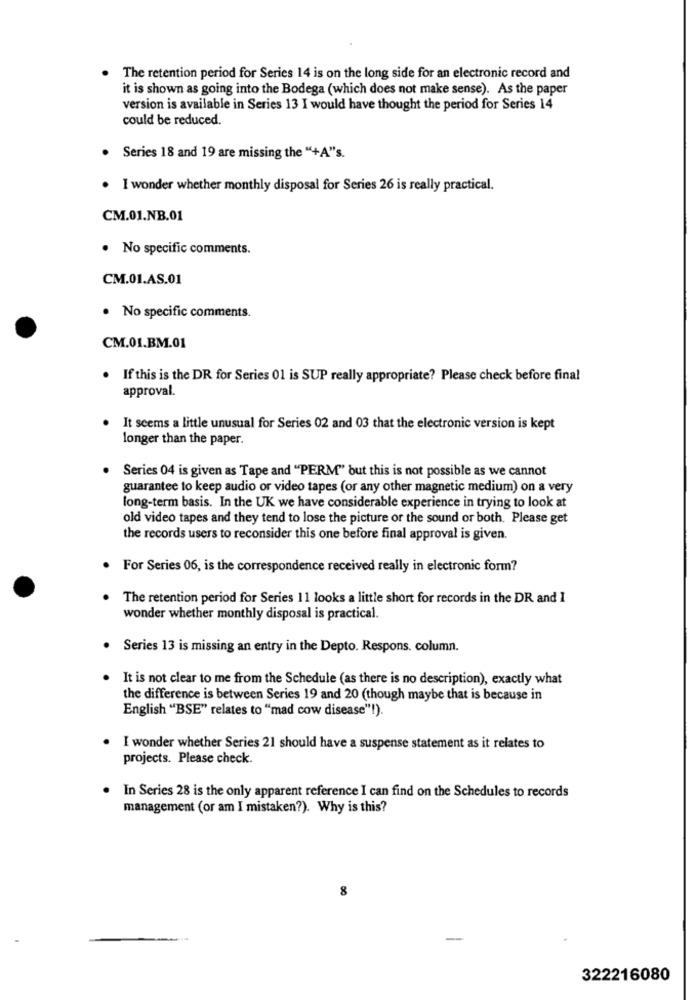
The retention period for Series 14 is on the long side for an electronic record and
it is shown as going into the Bodega (which does not make sense). As the paper
version is available in Series 13 I would have thought the period for Series 14
could be reduced.
Series 18 and 19 are missing the "+A"s.
I wonder whether monthly disposal for Series 26 is really practical.
CM.01.NB.01
. No specific comments.
CM.01.AS.01
. No specific comments.
CM.01.BM.01
If this is the DR for Series 01 is SUP really appropriate? Please check before final
approval.
It seems a little unusual for Series 02 and 03 that the electronic version is kept
longer than the paper.
Series 04 is given as Tape and "PERM" but this is not possible as we cannot
guarantee to keep audio or video tapes (or any other magnetic medium) on a very
long-term basis. In the UK we have considerable experience in trying to look at
old video tapes and they tend to lose the picture or the sound or both. Please get
the records users to reconsider this one before final approval is given.
For Series 06, is the correspondence received really in electronic form?
The retention period for Series 11 looks a little short for records in the DR and I
wonder whether monthly disposal is practical.
Series 13 is missing an entry in the Depto. Respons. column.
It is not clear to me from the Schedule (as there is no description), exactly what
the difference is between Series 19 and 20 (though maybe that is because in
English "BSE" relates to "mad cow disease"!).
I wonder whether Series 21 should have a suspense statement as it relates to
projects. Please check.
In Series 28 is the only apparent reference I can find on the Schedules to records
management (or am I mistaken?). Why is this?
8
322216080